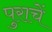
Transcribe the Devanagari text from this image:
पुराचें